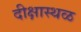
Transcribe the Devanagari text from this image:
दीक्षास्थळ